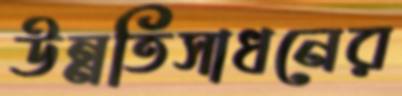
উন্নতিসাধনের